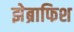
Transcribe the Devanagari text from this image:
झेब्राफिश